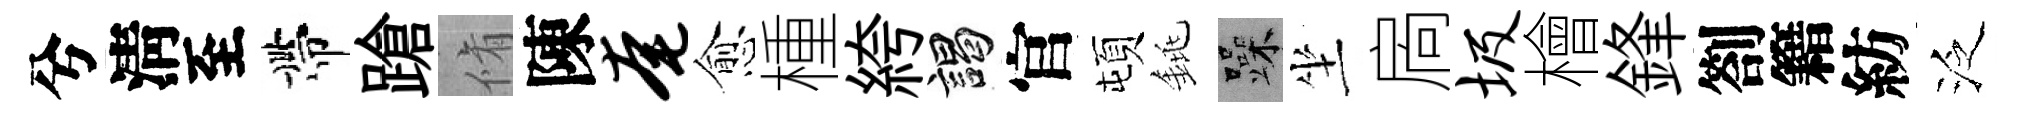
兮淸至帶蹌脩陳奄愈㮔絝謁官頓銚躁坐扄圾檜鋒劄籍紡泛